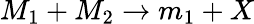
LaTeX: M_{1}+M_{2}\rightarrow m_{1}+X